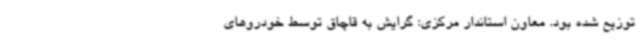
توزیع شده بود. معاون استاندار مرکزی: گرایش به قاچاق توسط خودروهای